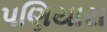
પણિયારા